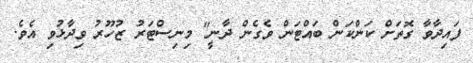
ފައިދާވާ ގޮތަށް ކަންކަން ބައްޓަން ވެގެން ދާނީ" މިނިސްޓަރު ޒުހޫރު ވިދާޅުވި އެވެ.